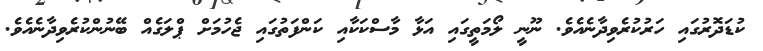
ކުޑަދޮރުގައި ހަރުކުރެވިދާނެއެވެ. ނޫނީ ލޯމަތީގައި އަޅާ މާސްކަކާއި ކަންފަތުގައި ޖެހުމަށް ޕްލަގެއް ބޭނުންކުރެވިދާނެއެވެ.